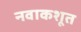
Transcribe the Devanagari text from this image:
नवाकशूत